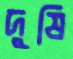
দুষি